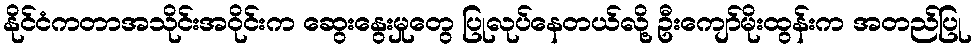
နိုင်ငံကတာအသိုင်းအ၀ိုင်းက ဆွေးနွေးမှုတွေ ပြုလုပ်နေတယ်လို့ ဦးကျော်မိုးထွန်းက အတည်ပြု